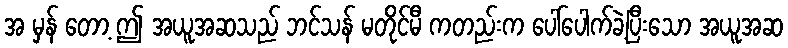
အ မှန် တော့ ဤ အယူအဆသည် ဘင်သန် မတိုင်မီ ကတည်းက ပေါ်ပေါက်ခဲ့ပြီးသော အယူအဆ